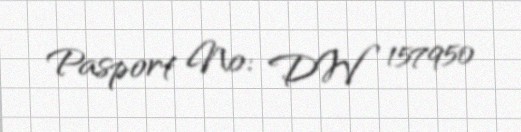
Pasport №: DW 157950